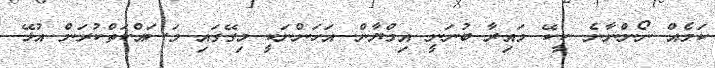
ކަމެއް ނޯންނާނެ. ކީކޭ މައިރާ ބުނަނީ އިމްޔާން. އަހަންނަކީ މިގޭގައި މަސައްކަތްކުރަން އުޅޭ